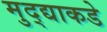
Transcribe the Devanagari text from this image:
मुद्द्याकडे